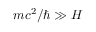
m c ^ { 2 } / \hbar \gg H